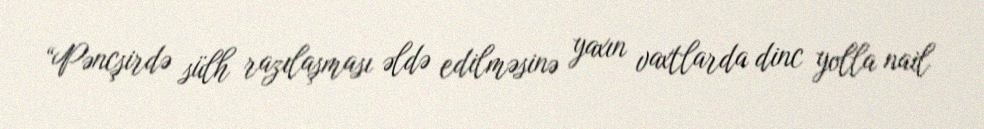
“Pəncşirdə sülh razılaşması əldə edilməsinə yaxın vaxtlarda dinc yolla nail